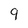
Character: 9